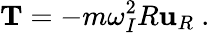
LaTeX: \mathbf{T}=-m\omega_{I}^{2}R\mathbf{u}_{R}\ .